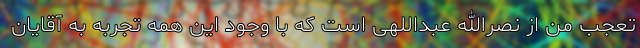
تعجب من از نصرالله عبداللهی است که با وجود این همه تجربه به آقایان